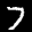
Label: 7